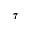
^ { - 7 }